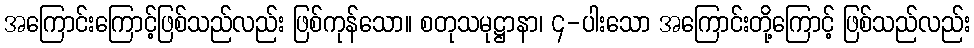
အကြောင်းကြောင့်ဖြစ်သည်လည်း ဖြစ်ကုန်သော။ စတုသမုဋ္ဌာနာ၊ ၄-ပါးသော အကြောင်းတို့ကြောင့် ဖြစ်သည်လည်း